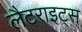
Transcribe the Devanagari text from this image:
लैटराइट्स